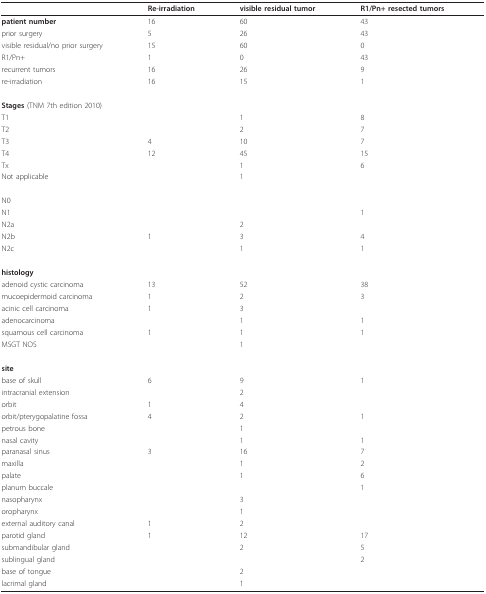
<table><thead><tr><td></td><td><b>Re-irradiation</b></td><td><b>visible residual tumor</b></td><td><b>R1/Pn+ resected tumors</b></td></tr></thead><tbody><tr><td><b>patient number</b></td><td>16</td><td>60</td><td>43</td></tr><tr><td>prior surgery</td><td>5</td><td>26</td><td>43</td></tr><tr><td>visible residual/no prior surgery</td><td>15</td><td>60</td><td>0</td></tr><tr><td>R1/Pn+</td><td>1</td><td>0</td><td>43</td></tr><tr><td>recurrent tumors</td><td>16</td><td>26</td><td>9</td></tr><tr><td>re-irradiation</td><td>16</td><td>15</td><td>1</td></tr><tr><td><b>Stages </b>(TNM 7th edition 2010)</td><td></td><td></td><td></td></tr><tr><td>T1</td><td></td><td>1</td><td>8</td></tr><tr><td>T2</td><td></td><td>2</td><td>7</td></tr><tr><td>T3</td><td>4</td><td>10</td><td>7</td></tr><tr><td>T4</td><td>12</td><td>45</td><td>15</td></tr><tr><td>Tx</td><td></td><td>1</td><td>6</td></tr><tr><td>Not applicable</td><td></td><td>1</td><td></td></tr><tr><td>N0</td><td></td><td></td><td></td></tr><tr><td>N1</td><td></td><td></td><td>1</td></tr><tr><td>N2a</td><td></td><td>2</td><td></td></tr><tr><td>N2b</td><td>1</td><td>3</td><td>4</td></tr><tr><td>N2c</td><td></td><td>1</td><td>1</td></tr><tr><td><b>histology</b></td><td></td><td></td><td></td></tr><tr><td>adenoid cystic carcinoma</td><td>13</td><td>52</td><td>38</td></tr><tr><td>mucoepidermoid carcinoma</td><td>1</td><td>2</td><td>3</td></tr><tr><td>acinic cell carcinoma</td><td>1</td><td>3</td><td></td></tr><tr><td>adenocarcinoma</td><td></td><td>1</td><td>1</td></tr><tr><td>squamous cell carcinoma</td><td>1</td><td>1</td><td>1</td></tr><tr><td>MSGT NOS</td><td></td><td>1</td><td></td></tr><tr><td><b>site</b></td><td></td><td></td><td></td></tr><tr><td>base of skull</td><td>6</td><td>9</td><td>1</td></tr><tr><td>intracranial extension</td><td></td><td>2</td><td></td></tr><tr><td>orbit</td><td>1</td><td>4</td><td></td></tr><tr><td>orbit/pterygopalatine fossa</td><td>4</td><td>2</td><td>1</td></tr><tr><td>petrous bone</td><td></td><td>1</td><td></td></tr><tr><td>nasal cavity</td><td></td><td>1</td><td>1</td></tr><tr><td>paranasal sinus</td><td>3</td><td>16</td><td>7</td></tr><tr><td>maxilla</td><td></td><td>1</td><td>2</td></tr><tr><td>palate</td><td></td><td>1</td><td>6</td></tr><tr><td>planum buccale</td><td></td><td></td><td>1</td></tr><tr><td>nasopharynx</td><td></td><td>3</td><td></td></tr><tr><td>oropharynx</td><td></td><td>1</td><td></td></tr><tr><td>external auditory canal</td><td>1</td><td>2</td><td></td></tr><tr><td>parotid gland</td><td>1</td><td>12</td><td>17</td></tr><tr><td>submandibular gland</td><td></td><td>2</td><td>5</td></tr><tr><td>sublingual gland</td><td></td><td></td><td>2</td></tr><tr><td>base of tongue</td><td></td><td>2</td><td></td></tr><tr><td>lacrimal gland</td><td></td><td>1</td><td></td></tr></tbody></table>